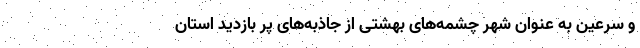
و سرعین به عنوان شهر چشمه‌های بهشتی از جاذبه‌های پر بازدید استان